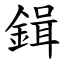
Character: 鍓